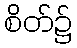
စိတ်၌